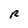
Character: R